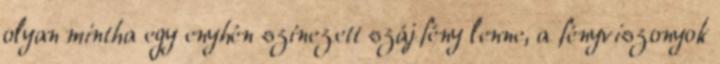
olyan mintha egy enyhén színezett szájfény lenne, a fényviszonyok